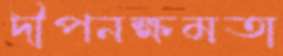
দীপনক্ষমতা